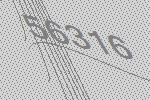
56316